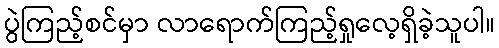
ပွဲကြည့်စင်မှာ လာရောက်ကြည့်ရှုလေ့ရှိခဲ့သူပါ။